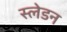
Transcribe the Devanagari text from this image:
स्लेडन